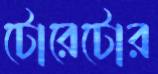
টোরেটোর